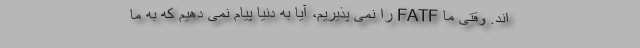
اند. وقتی ما FATF را نمی پذیریم، آیا به دنیا پیام نمی دهیم که به ما